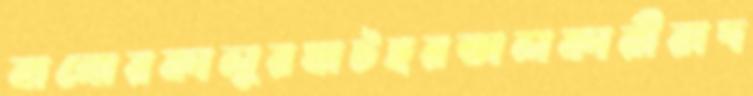
বানোরকালুরঘাটহরতালকারীরাদ